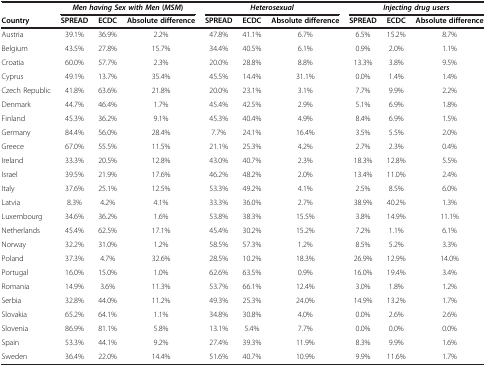
<table><thead><tr><td><b> </b></td><td colspan="3"><b><i>Men having Sex with Men</i>(<i>MSM</i>)</b></td><td colspan="3"><b><i>Heterosexual</i></b></td><td colspan="3"><b><i>Injecting drug users</i></b></td></tr><tr><td><b>Country</b></td><td><b>SPREAD</b></td><td><b>ECDC</b></td><td><b>Absolute difference</b></td><td><b>SPREAD</b></td><td><b>ECDC</b></td><td><b>Absolute difference</b></td><td><b>SPREAD</b></td><td><b>ECDC</b></td><td><b>Absolute difference</b></td></tr></thead><tbody><tr><td>Austria</td><td>39.1%</td><td>36.9%</td><td>2.2%</td><td>47.8%</td><td>41.1%</td><td>6.7%</td><td>6.5%</td><td>15.2%</td><td>8.7%</td></tr><tr><td>Belgium</td><td>43.5%</td><td>27.8%</td><td>15.7%</td><td>34.4%</td><td>40.5%</td><td>6.1%</td><td>0.9%</td><td>2.0%</td><td>1.1%</td></tr><tr><td>Croatia</td><td>60.0%</td><td>57.7%</td><td>2.3%</td><td>20.0%</td><td>28.8%</td><td>8.8%</td><td>13.3%</td><td>3.8%</td><td>9.5%</td></tr><tr><td>Cyprus</td><td>49.1%</td><td>13.7%</td><td>35.4%</td><td>45.5%</td><td>14.4%</td><td>31.1%</td><td>0.0%</td><td>1.4%</td><td>1.4%</td></tr><tr><td>Czech Republic</td><td>41.8%</td><td>63.6%</td><td>21.8%</td><td>20.0%</td><td>23.1%</td><td>3.1%</td><td>7.7%</td><td>9.9%</td><td>2.2%</td></tr><tr><td>Denmark</td><td>44.7%</td><td>46.4%</td><td>1.7%</td><td>45.4%</td><td>42.5%</td><td>2.9%</td><td>5.1%</td><td>6.9%</td><td>1.8%</td></tr><tr><td>Finland</td><td>45.3%</td><td>36.2%</td><td>9.1%</td><td>45.3%</td><td>40.4%</td><td>4.9%</td><td>8.4%</td><td>6.9%</td><td>1.5%</td></tr><tr><td>Germany</td><td>84.4%</td><td>56.0%</td><td>28.4%</td><td>7.7%</td><td>24.1%</td><td>16.4%</td><td>3.5%</td><td>5.5%</td><td>2.0%</td></tr><tr><td>Greece</td><td>67.0%</td><td>55.5%</td><td>11.5%</td><td>21.1%</td><td>25.3%</td><td>4.2%</td><td>2.7%</td><td>2.3%</td><td>0.4%</td></tr><tr><td>Ireland</td><td>33.3%</td><td>20.5%</td><td>12.8%</td><td>43.0%</td><td>40.7%</td><td>2.3%</td><td>18.3%</td><td>12.8%</td><td>5.5%</td></tr><tr><td>Israel</td><td>39.5%</td><td>21.9%</td><td>17.6%</td><td>46.2%</td><td>48.2%</td><td>2.0%</td><td>13.4%</td><td>11.0%</td><td>2.4%</td></tr><tr><td>Italy</td><td>37.6%</td><td>25.1%</td><td>12.5%</td><td>53.3%</td><td>49.2%</td><td>4.1%</td><td>2.5%</td><td>8.5%</td><td>6.0%</td></tr><tr><td>Latvia</td><td>8.3%</td><td>4.2%</td><td>4.1%</td><td>33.3%</td><td>36.0%</td><td>2.7%</td><td>38.9%</td><td>40.2%</td><td>1.3%</td></tr><tr><td>Luxembourg</td><td>34.6%</td><td>36.2%</td><td>1.6%</td><td>53.8%</td><td>38.3%</td><td>15.5%</td><td>3.8%</td><td>14.9%</td><td>11.1%</td></tr><tr><td>Netherlands</td><td>45.4%</td><td>62.5%</td><td>17.1%</td><td>45.4%</td><td>30.2%</td><td>15.2%</td><td>7.2%</td><td>1.1%</td><td>6.1%</td></tr><tr><td>Norway</td><td>32.2%</td><td>31.0%</td><td>1.2%</td><td>58.5%</td><td>57.3%</td><td>1.2%</td><td>8.5%</td><td>5.2%</td><td>3.3%</td></tr><tr><td>Poland</td><td>37.3%</td><td>4.7%</td><td>32.6%</td><td>28.5%</td><td>10.2%</td><td>18.3%</td><td>26.9%</td><td>12.9%</td><td>14.0%</td></tr><tr><td>Portugal</td><td>16.0%</td><td>15.0%</td><td>1.0%</td><td>62.6%</td><td>63.5%</td><td>0.9%</td><td>16.0%</td><td>19.4%</td><td>3.4%</td></tr><tr><td>Romania</td><td>14.9%</td><td>3.6%</td><td>11.3%</td><td>53.7%</td><td>66.1%</td><td>12.4%</td><td>3.0%</td><td>1.8%</td><td>1.2%</td></tr><tr><td>Serbia</td><td>32.8%</td><td>44.0%</td><td>11.2%</td><td>49.3%</td><td>25.3%</td><td>24.0%</td><td>14.9%</td><td>13.2%</td><td>1.7%</td></tr><tr><td>Slovakia</td><td>65.2%</td><td>64.1%</td><td>1.1%</td><td>34.8%</td><td>30.8%</td><td>4.0%</td><td>0.0%</td><td>2.6%</td><td>2.6%</td></tr><tr><td>Slovenia</td><td>86.9%</td><td>81.1%</td><td>5.8%</td><td>13.1%</td><td>5.4%</td><td>7.7%</td><td>0.0%</td><td>0.0%</td><td>0.0%</td></tr><tr><td>Spain</td><td>53.3%</td><td>44.1%</td><td>9.2%</td><td>27.4%</td><td>39.3%</td><td>11.9%</td><td>8.3%</td><td>9.9%</td><td>1.6%</td></tr><tr><td>Sweden</td><td>36.4%</td><td>22.0%</td><td>14.4%</td><td>51.6%</td><td>40.7%</td><td>10.9%</td><td>9.9%</td><td>11.6%</td><td>1.7%</td></tr></tbody></table>